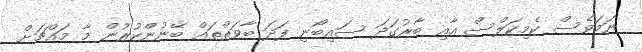
ނަމަވެސް ކެމިކަލްސް އާއި ބާރުގަދަ ސައިބޯނި ފަދަ ބާވަތްތައް ބޭނުންކުރުން މާ މައްޗަށް